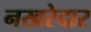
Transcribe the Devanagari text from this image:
नखरेदार